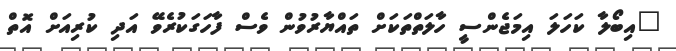
"އިބޯލާ ކަހަލަ އިމަޖެންސީ ހާލަތްތަކަށް ތައްޔާރުވުން ވެސް ފާހަގަކުރެވޭ އަދި ކުރިއަށް އޮތް